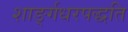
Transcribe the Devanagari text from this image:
शार्ङ्गधरपद्धति